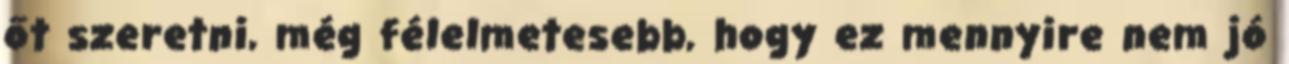
őt szeretni, még félelmetesebb, hogy ez mennyire nem jó